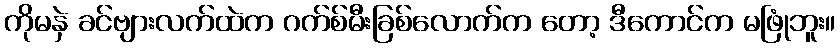
ကိုမနှဲ ခင်ဗျားလက်ထဲက ဂက်စ်မီးခြစ်လောက်က တော့ ဒီကောင်က မဖြုံဘူး။